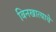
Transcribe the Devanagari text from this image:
बिनखात्याचे